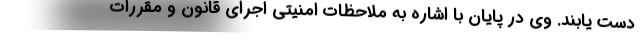
دست یابند. وی در پایان با اشاره به ملاحظات امنیتی اجرای قانون و مقررات